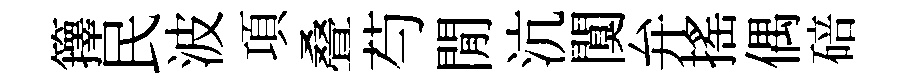
籜民波項叠芍閒沆闃弁搖偶碚